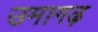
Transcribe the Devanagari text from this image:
उमागढ़